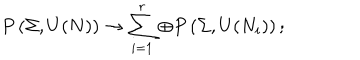
P \left( \Sigma , U ( N ) \right) \rightarrow \sum _ { i = 1 } ^ { r } \oplus P \left( \Sigma , U ( N _ { i } ) \right) ;